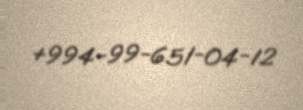
+994-99-651-04-12